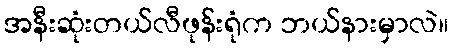
အနီးဆုံးတယ်လီဖုန်းရုံက ဘယ်နားမှာလဲ။